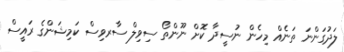
ލަދުގަންނަ ތަނެއް މިހެން ނުސީދާ ކޮށް ނޫންތޯ ސިވިލް ސާރވިސް ކަމިޝަންގެ ރައީސް